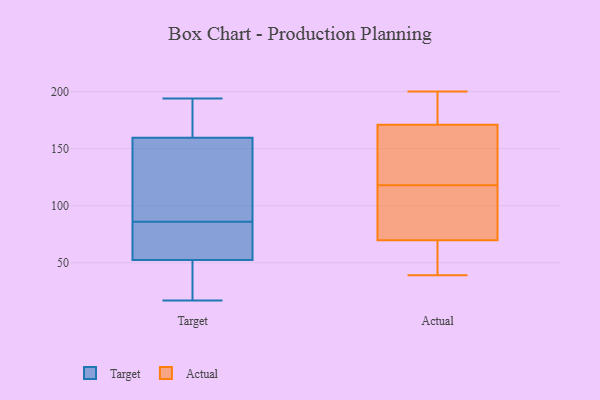
{"axis": {"x": "Shipments", "y": "Value"}, "legend": ["Actual", "Target"], "data": [{"x": "", "y": 180, "type": "Target"}, {"x": "", "y": 47, "type": "Target"}, {"x": "", "y": 41, "type": "Target"}, {"x": "", "y": 58, "type": "Target"}, {"x": "", "y": 151, "type": "Target"}, {"x": "", "y": 99, "type": "Target"}, {"x": "", "y": 194, "type": "Target"}, {"x": "", "y": 44, "type": "Target"}, {"x": "", "y": 59, "type": "Target"}, {"x": "", "y": 168, "type": "Target"}, {"x": "", "y": 73, "type": "Target"}, {"x": "", "y": 67, "type": "Target"}, {"x": "", "y": 141, "type": "Target"}, {"x": "", "y": 17, "type": "Target"}, {"x": "", "y": 116, "type": "Target"}, {"x": "", "y": 186, "type": "Target"}, {"x": "", "y": 182, "type": "Actual"}, {"x": "", "y": 124, "type": "Actual"}, {"x": "", "y": 108, "type": "Actual"}, {"x": "", "y": 118, "type": "Actual"}, {"x": "", "y": 138, "type": "Actual"}, {"x": "", "y": 83, "type": "Actual"}, {"x": "", "y": 43, "type": "Actual"}, {"x": "", "y": 200, "type": "Actual"}, {"x": "", "y": 69, "type": "Actual"}, {"x": "", "y": 184, "type": "Actual"}, {"x": "", "y": 200, "type": "Actual"}, {"x": "", "y": 39, "type": "Actual"}, {"x": "", "y": 129, "type": "Actual"}, {"x": "", "y": 42, "type": "Actual"}, {"x": "", "y": 72, "type": "Actual"}]}